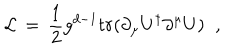
{ \cal L } \, = \, \frac { 1 } { 2 } g ^ { d - 1 } t r ( \partial _ { \mu } U ^ { \dagger } \partial ^ { \mu } U ) \; \; ,